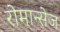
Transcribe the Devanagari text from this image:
रोमान्सेज